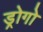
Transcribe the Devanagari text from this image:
ड्रोगो